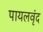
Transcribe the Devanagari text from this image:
पायलवृंद